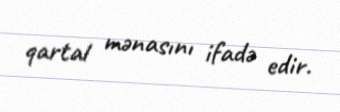
qartal mənasını ifadə edir.